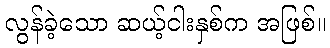
လွန်ခဲ့သော ဆယ့်ငါးနှစ်က အဖြစ်။